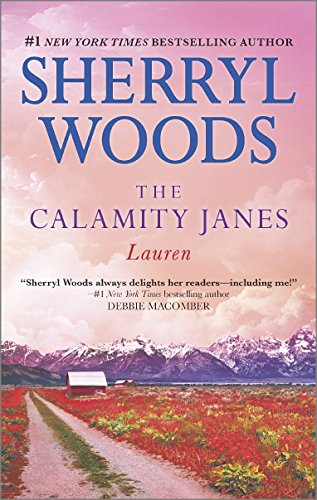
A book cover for The Calamity Janes: Lauren; Sherryl Woods; Romance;